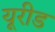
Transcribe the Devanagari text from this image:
यूरीड